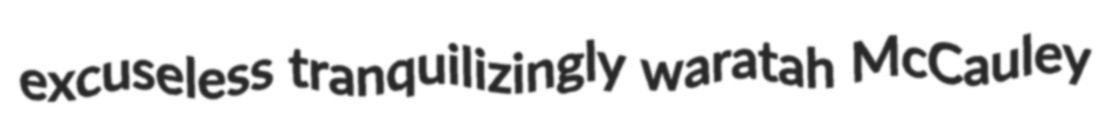
excuseless tranquilizingly waratah McCauley